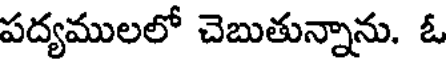
పద్యములలో చెబుతున్నాను. ఓ